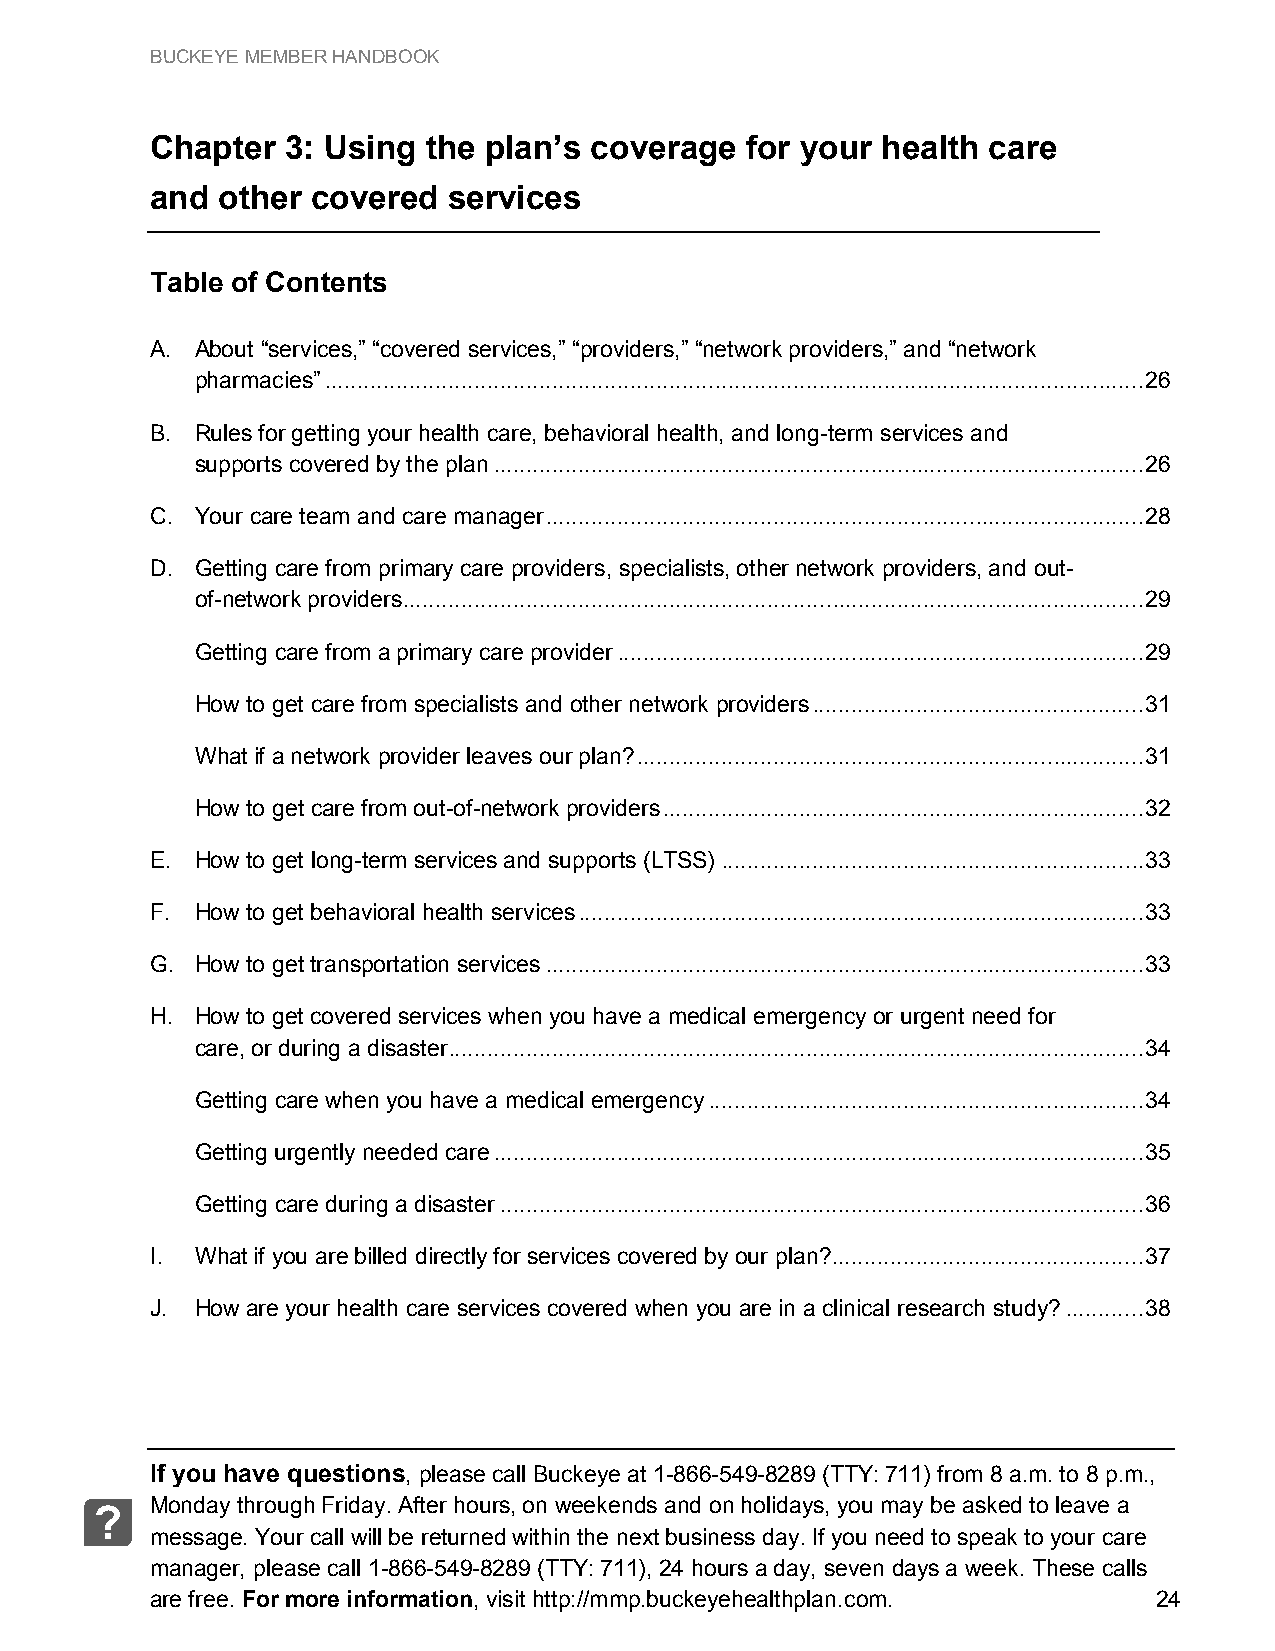
BUCKEYE MEMBER HANDBOOK
 Chapter  3: Using the plan’s coverage  for your health care
 and other  covered  services
 Table of Contents
 A. About “services,” “covered services,” “providers,” “network providers,” and “network
 pharmacies” .............................................................................................................................. 26
 B. Rules for getting your health care, behavioral health, and long-term services and
 supports covered by the plan .................................................................................................... 26
 C. Your care team and care manager ............................................................................................ 28
 D. Getting care from primary care providers, specialists, other network providers, and out-
 of-network providers .................................................................................................................. 29
 Getting care from a primary care provider ................................................................................. 29
 How to get care from specialists and other network providers ................................................... 31
 What if a network provider leaves our plan? .............................................................................. 31
 How to get care from out-of-network providers .......................................................................... 32
 E. How to get long-term services and supports (LTSS) ................................................................. 33
 F. How to get behavioral health services ....................................................................................... 33
 G. How to get transportation services ............................................................................................ 33
 H. How to get covered services when you have a medical emergency or urgent need for
 care, or during a disaster ........................................................................................................... 34
 Getting care when you have a medical emergency ................................................................... 34
 Getting urgently needed care .................................................................................................... 35
 Getting care during a disaster ................................................................................................... 36
 I. What if you are billed directly for services covered by our plan? ................................................ 37
 J. How are your health care services covered when you are in a clinical research study? ............ 38
 If you have questions, please call Buckeye at 1-866-549-8289 (TTY: 711) from 8 a.m. to 8 p.m.,
 Monday through Friday. After hours, on weekends and on holidays, you may be asked to leave a
 ?
 message. Your call will be returned within the next business day. If you need to speak to your care
 manager, please call 1-866-549-8289 (TTY: 711), 24 hours a day, seven days a week. These calls
 are free. For more information, visit http://mmp.buckeyehealthplan.com. 24